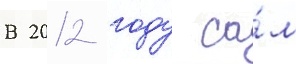
В 2012 году са́м